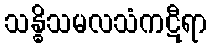
သန္ဓိသမလသံကဋီရာ